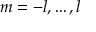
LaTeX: m = - l , \ldots , l